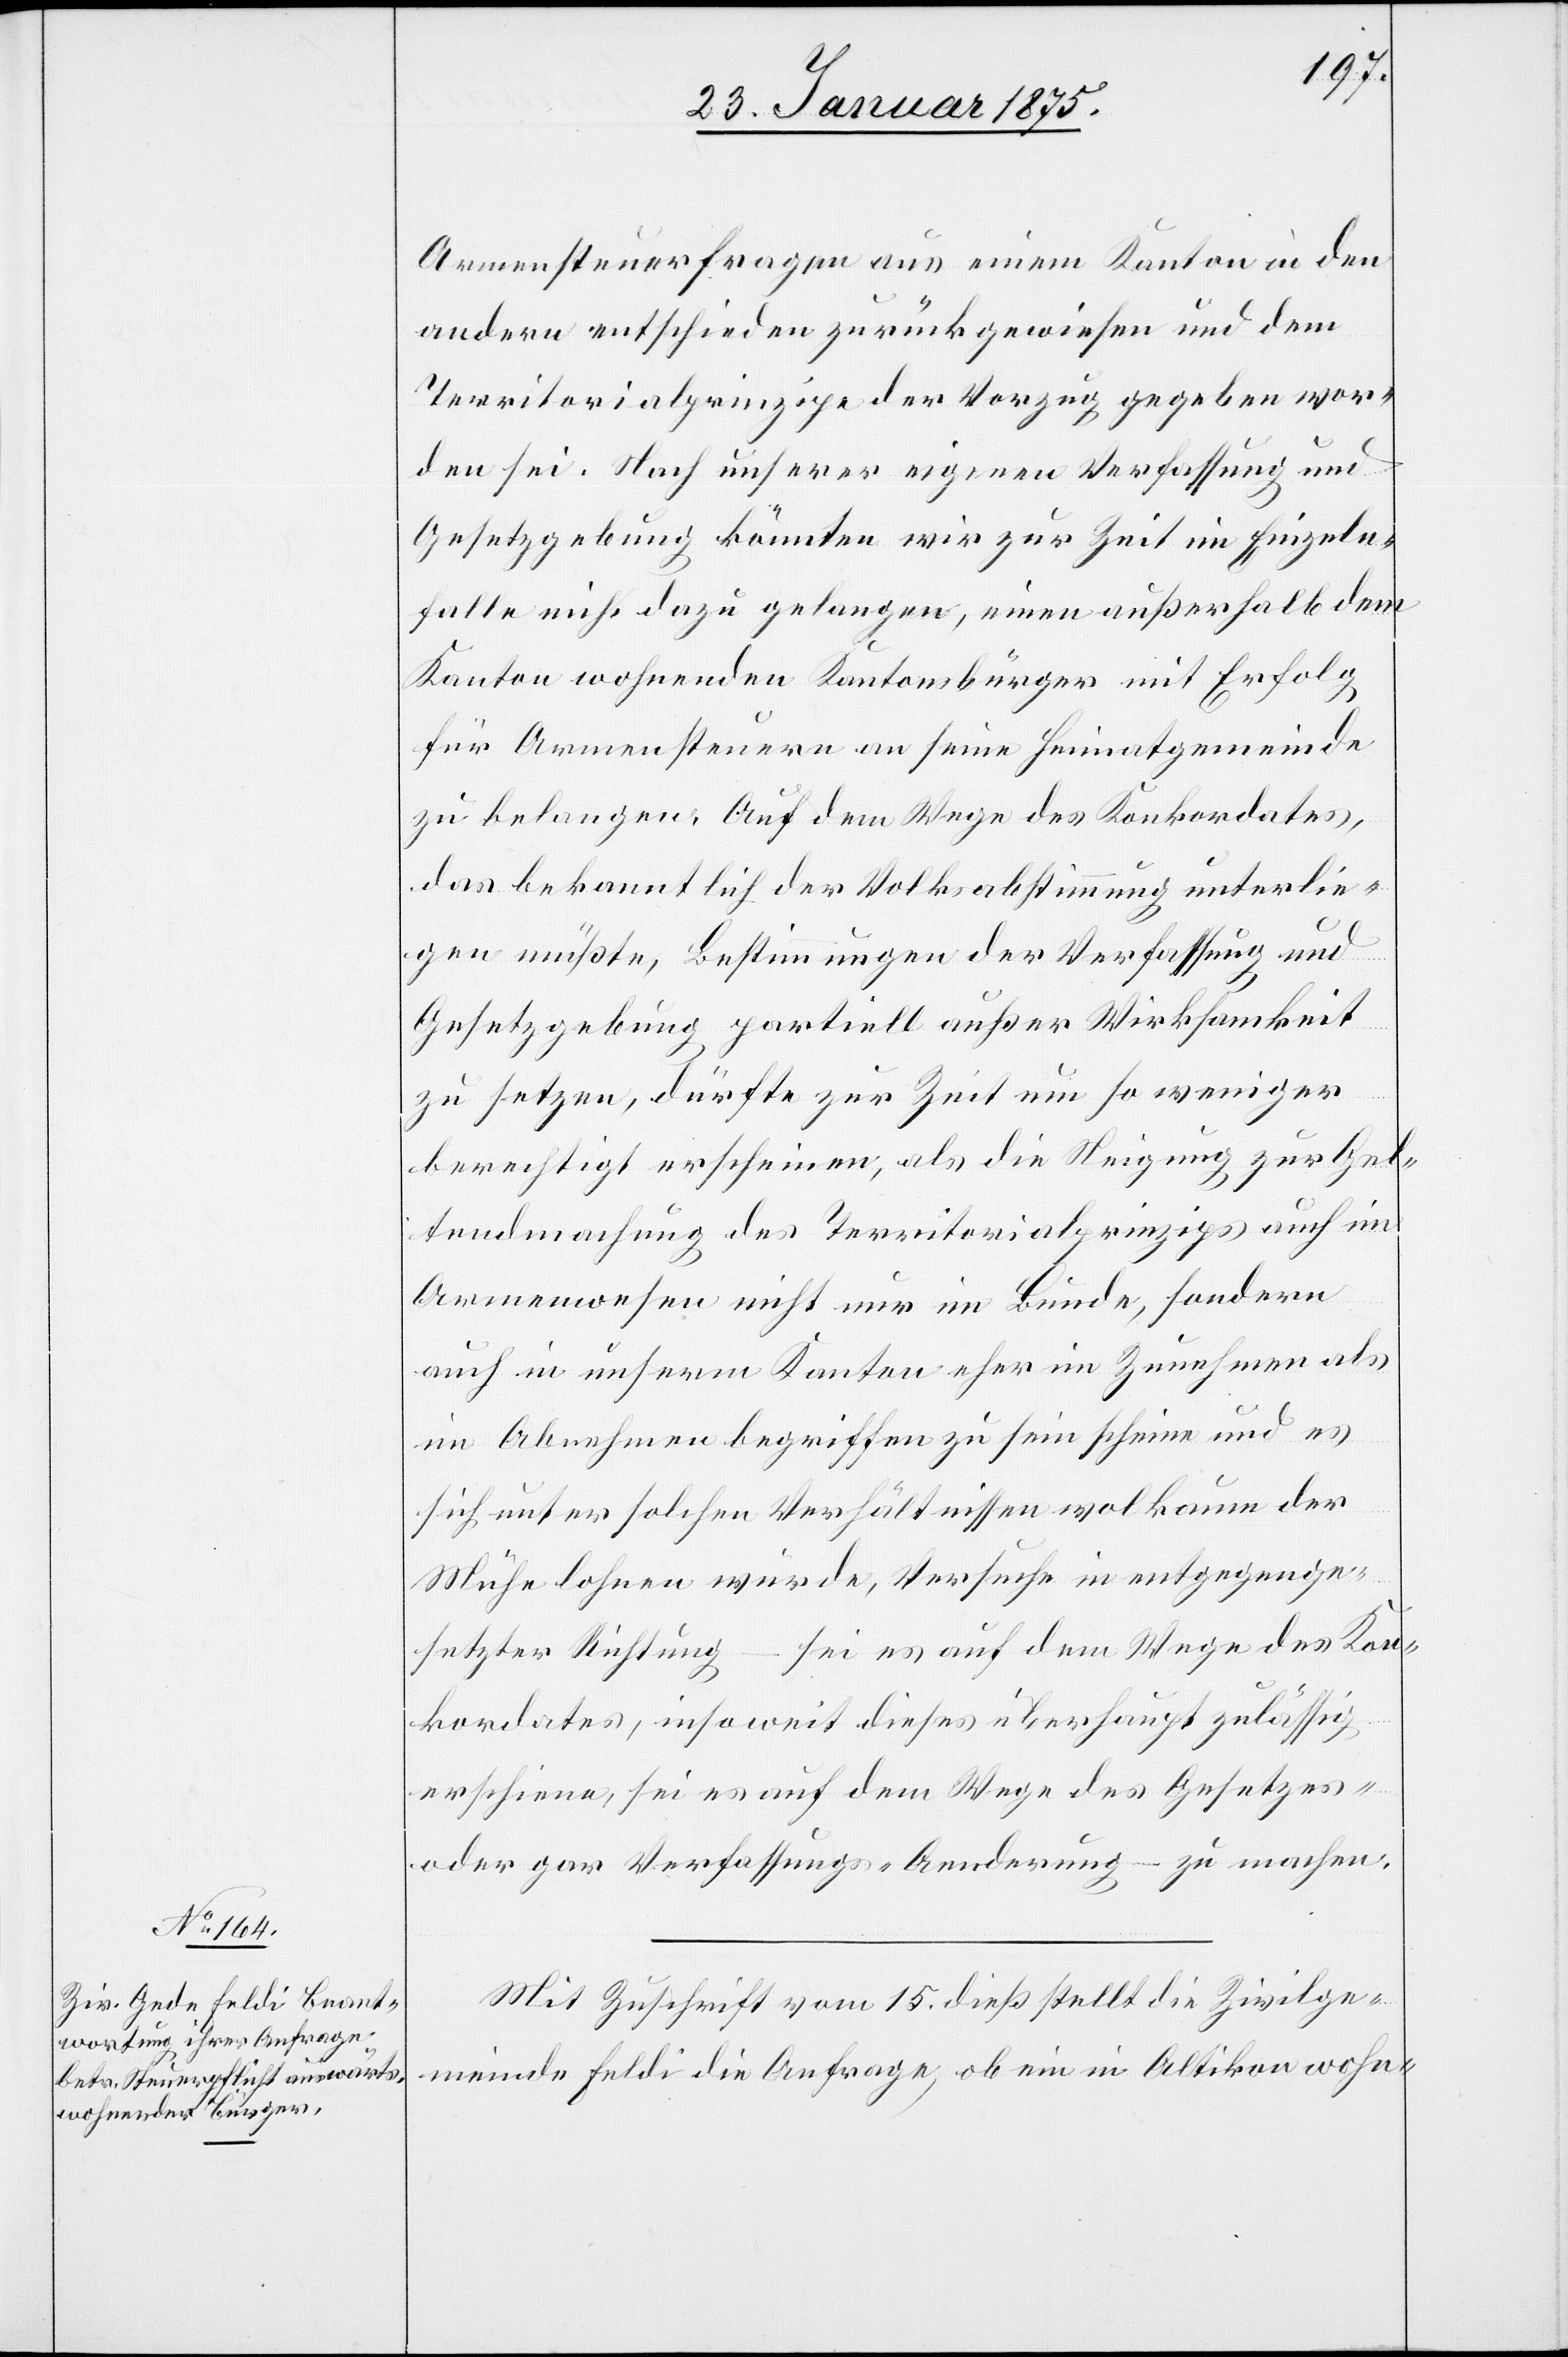
Armensteuerfragen aus einem Kanton in den
andern entschieden zurückgewiesen und dem
Territorialprinzipe der Vorzug gegeben wor¬
den sei. Nach unserer eigenen Verfassung und
Gesetzgebung könnten wir zur Zeit im Einzeln¬
falle nicht dazu gelangen, einen außerhalb dem
Kanton wohnenden Kantonsbürger mit Erfolg
für Armensteuern an seine Heimatsgemeinde
zu belangen. Auf dem Wege des Konkordates,
das bekanntlich der Volksabstimmung unterlie¬
gen müßte, Bestimmungen der Verfassung und
Gesetzgebung partiell außer Wirksamkeit
zu setzen, dürfte zur Zeit um so weniger
berechtigt erscheinen, als die Neigung, zur Gel¬
tendmachung des Territorialprinzips auch im
Armenwesen nicht nur im Bunde, sondern
auch in unserm Kanton eher im Zunehmen als
im Abnehmen begriffen zu sein scheine und es
sich unter solchen Verhältnissen wol kaum der
Mühe lohnen würde, Versuche in entgegenge¬
setzter Richtung – sei es auf dem Wege des Kon¬
kordates, insoweit dieses überhaupt zulässig
erschiene, sei es auf dem Wege des [sic!] Gesetzes-
oder gar Verfassung-Aenderung – zu machen.
Mit Zuschrift vom 15. dieß stellt die Zivilge¬
meinde Feldi die Anfrage, ob ein in Altikon wohn-